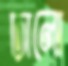
ঢালো